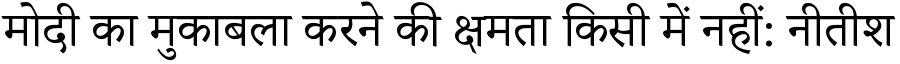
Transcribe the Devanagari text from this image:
मोदी का मुकाबला करने की क्षमता किसी में नहीं: नीतीश